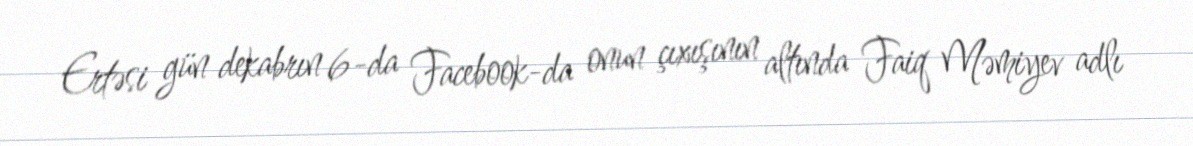
Ertəsi gün dekabrın 6-da Facebook-da onun çıxışının altında Faiq Məmiyev adlı